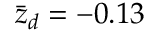
\bar { z } _ { d } = - 0 . 1 3